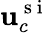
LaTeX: \mathbf{u}_{c}^{\mathrm{{~s~i~}}}